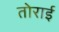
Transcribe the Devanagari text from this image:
तोराई